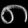
Digit: ၈